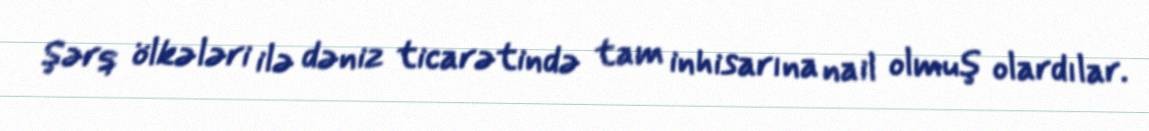
Şərq ölkələri ilə dəniz ticarətində tam inhisarına nail olmuş olardılar.